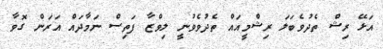
އަޅޭ ރިޝް ތެދުވެބަލަ ރިޝްމީއައް ތެދުވެވުނީ ލިވްޒާ ފަތިސް ނަމާދައް އަރަން ގޮވާ